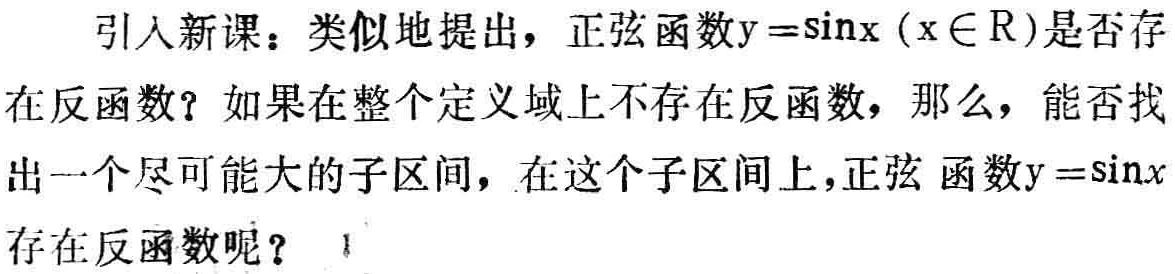
引入新课：类似地提出，正弦函数\(y = \sin x\)（\(x\in\mathbb{R}\)）是否存在反函数？如果在整个定义域上不存在反函数，那么，能否找出一个尽可能大的子区间，在这个子区间上，正弦函数\(y = \sin x\)存在反函数呢？